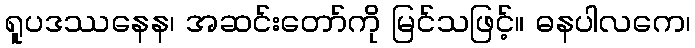
ရူပဒဿနေန၊ အဆင်းတော်ကို မြင်သဖြင့်။ ဓနပါလကေ၊